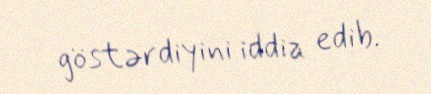
göstərdiyini iddia edib.